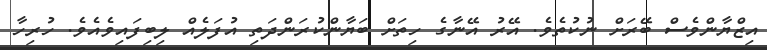
އިޒްޔާންވެސް ބޭރަށް ނުކުތެވެ. އޭރު އޭނާގެ ހިތަށް ބަޔާންކުރަންދަތި އުފަލެއް ލިބިފައިވެއެވެ. ހުރިހާ